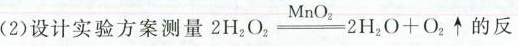
(2)设计实验方案测量$$2 H { 2 } O _ { 2 } \xlongequal [ ] { M